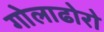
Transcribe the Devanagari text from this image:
गोलाढोरो